Leaving Certificate Examination, 1912
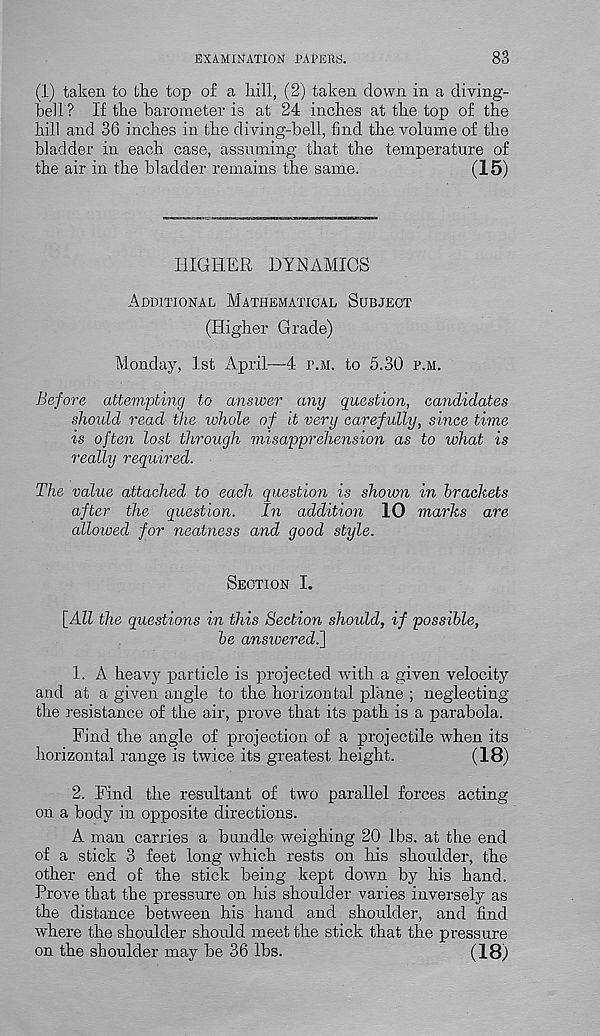
EXAMINATION PAPERS.
83
(1) taken to the top o£ a hill, (2) taken down in a diving-
bell ? If the barometer is at 24 inches at the top of the
hill and 36 inches in the diving-hell, find the volume of the
bladder in each case, assuming that the temperature of
the air in the bladder remains the same.
(15)
HIGHER DYNAMICS
Additional Mathematical Subject
(Higher Grade)
Monday, 1st April—4 p.m. to 5.30 p.m.
Before attempting to answer any question, candidates
should read the whole of it very carefully, since time
is often lost through misapprehension as to what is
really required.
The value attached to each question is shown in brackets
after the question.
In addition 10 marks are
allowed for neatness and good style.
Section I.
[All the questions in this Section should, if possible,
be answered.}
1. A heavy particle is projected with a given velocity
and at a given angle to the horizontal plane ; neglecting
the resistance of the air, prove that its path is a parabola.
Find the angle of projection of a projectile when its
horizontal range is twice its greatest height.
(18)
2. Find the resultant of two parallel forces acting
on a body in opposite directions.
A man carries a bundle weighing 20 lbs. at the end
of a stick 3 feet long which rests on his shoulder, the
other end of the stick being kept down by his hand.
Prove that the pressure on his shoulder varies inversely as
the distance between his hand and shoulder, and find,
where the shoulder should meet the stick that the pressure
on the shoulder may be 36 lbs.
(18)